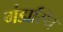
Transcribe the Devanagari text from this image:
गंडास्थि